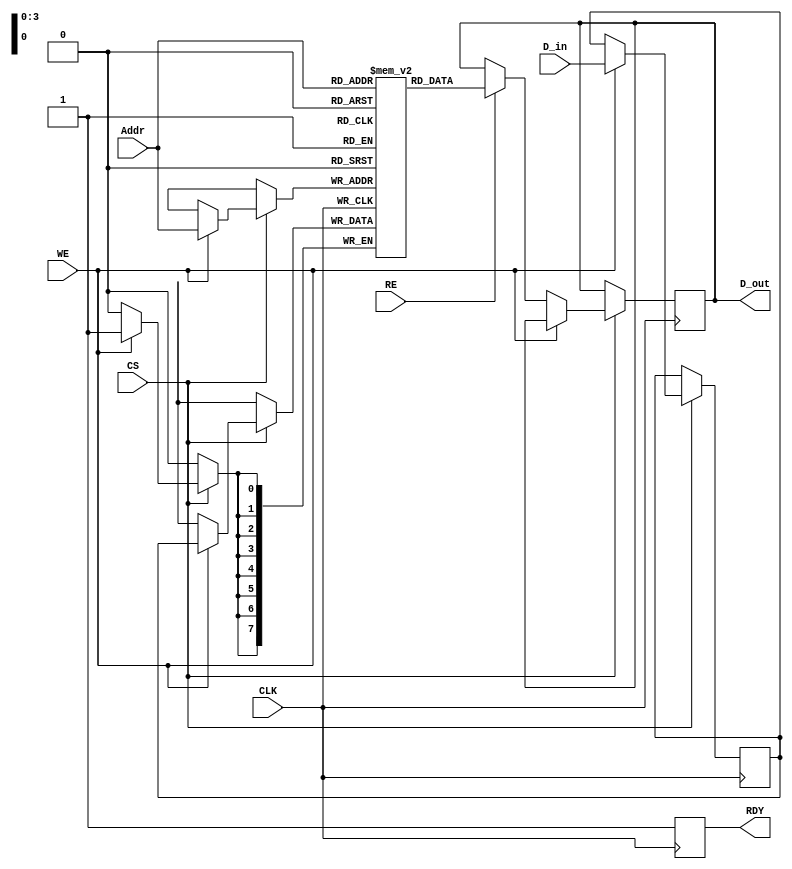
module FeRAM_IO_Block (
    input wire [7:0] D_in,        // 8-bit data input
    input wire [3:0] Addr,        // 4-bit address input
    input wire WE,                // Write Enable
    input wire RE,                // Read Enable
    input wire CS,                // Chip Select
    input wire CLK,               // Clock
    output reg [7:0] D_out,       // 8-bit data output
    output reg RDY                // Ready signal
);

    // Internal data latch
    reg [7:0] data_latch;
    // Memory array (16 locations of 8 bits each)
    reg [7:0] memory_array [15:0];

    // State variable for managing readiness
    reg processing;

    // Initial state
    initial begin
        RDY = 1; // The device is ready initially
        processing = 0; // Not processing any operation
    end

    // Write Operation
    always @(posedge CLK) begin
        if (CS) begin
            if (WE && !processing) begin
                // Latch the data for writing
                data_latch <= D_in;
                // Write data to the specified address
                memory_array[Addr] <= data_latch;
                processing <= 1; // Set processing flag
            end
            else if (RE && !processing) begin
                // Read from the specified address
                D_out <= memory_array[Addr];
                processing <= 1; // Set processing flag
            end
        end
    end

    // Manage RDY signal
    always @(posedge CLK) begin
        if (processing) begin
            RDY <= 0; // Not ready while processing
            processing <= 0; // Clear processing flag
        end else begin
            RDY <= 1; // Ready for the next operation
        end
    end

endmodule